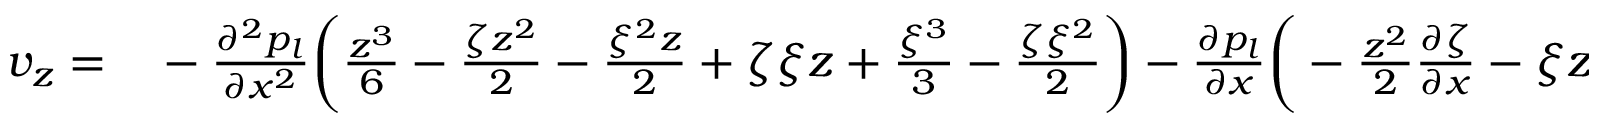
\begin{array} { r l } { v _ { z } = } & { { } - \frac { \partial ^ { 2 } p _ { l } } { \partial x ^ { 2 } } \bigg ( \frac { z ^ { 3 } } { 6 } - \frac { \zeta z ^ { 2 } } { 2 } - \frac { \xi ^ { 2 } z } { 2 } + \zeta \xi z + \frac { \xi ^ { 3 } } { 3 } - \frac { \zeta \xi ^ { 2 } } { 2 } \bigg ) - \frac { \partial p _ { l } } { \partial x } \bigg ( - \frac { z ^ { 2 } } { 2 } \frac { \partial \zeta } { \partial x } - \xi z \frac { \partial \xi } { \partial x } } \end{array}